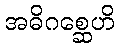
အဓိဂစ္ဆေဟိ